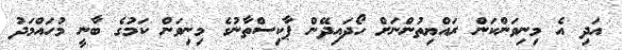
އަދި އެ މިނިވަންކަން ރައްޔިތުންނަށް ހޯދައިދޭން ޕާކިސްތާނުގެ މިނިވަން ކަމުގެ ބާނީ މުހައްމަދު